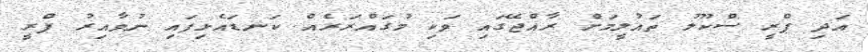
އަދި ޕްރީ ސްކޫލު ތައުލީމަށް ރާއްޖޭގައި ވަކި މުގައްރަރެއް ކަނޑައެޅިފައި ނުވާއިރު ޕްރީ